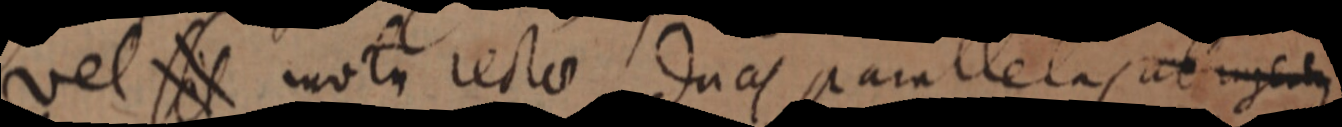
vel _ motu rectae duas parallelas al ingetu